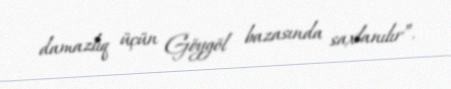
damazlıq üçün Göygöl bazasında saxlanılır”.